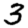
Digit: 3